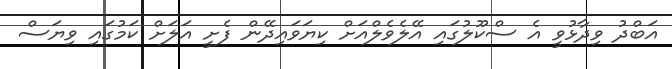
އަބްދު ވިދާޅުވީ އެ ސްކޫލުގައި އޭލެވެލްއަށް ކިޔަވައިދޭން ފެށީ އަލަށް ކަމުގައި ވިޔަސް